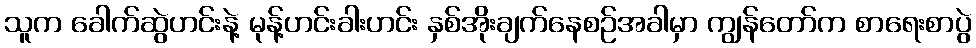
သူက ခေါက်ဆွဲဟင်းနဲ့ မုန့်ဟင်းခါးဟင်း နှစ်အိုးချက်နေစဉ်အခါမှာ ကျွန်တော်က စာရေးစာပွဲ